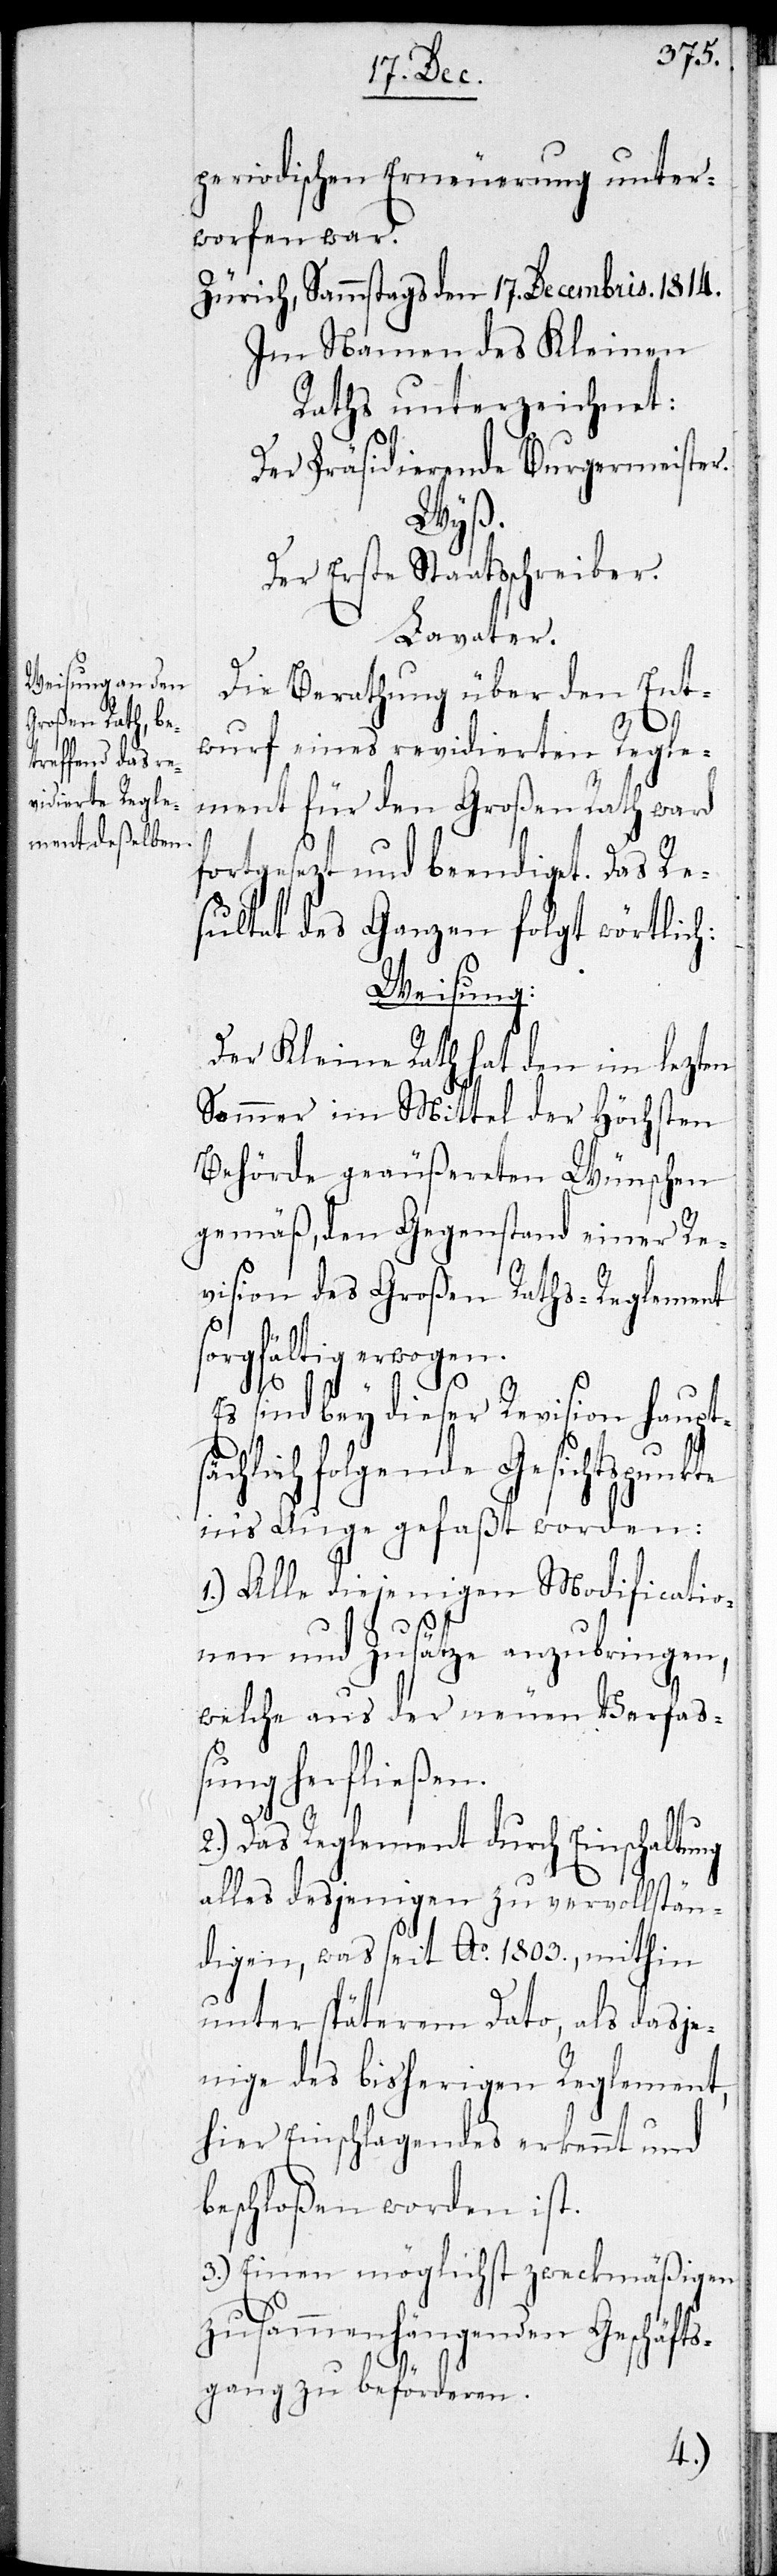
periodischer Erneuerung unter¬
worfen war.
Zürich, Sammstags den 17. Decembris. 1814.
Im Namen des Kleinen
Raths unterzeichnet:
Der Präsidierende Burgermeister.
Wyß.
Der Erste Staatsschreiber.
Lavater.
Die Berathung über den Ent¬
wurf eines revidierten Regle¬
ment für den Großen Rath ward
fortgesetzt und beendiget. Das Re¬
sultat des Ganzen folgt wörtlich.
Weisung.
Der Kleine Rath hat den im lezten
Sommer im Mittel der höchsten
Behörde geäußereten Wünschen
gemäß, den Gegenstand einer Re¬
vision des Großen Raths-Reglement
sorgfältig erwogen.
Es sind bey dieser Revision haupts¬
ächlich folgende Gesichtspunkte
in‘s Auge gefaßt worden:
1.) Alle diejenigen Modificatio¬
nen und Zusätze anzubringen,
welche aus der neuen Verfa¬
ßung herfließen.
2.) Das Reglement durch Einschaltung
alles dasjenigen zu vervollstän¬
digen, was seit Ao. 1803., mithin
unter späterem Dato, als dasje¬
nige des bisherigen Reglement,
hier Einschlagendes erkannt und
beschloßen worden ist.
3.) Einen möglichst zweckmäßigen
zusammenhängenden Geschäfts¬
gang zu beförderen.